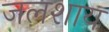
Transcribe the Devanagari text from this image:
जलशाय